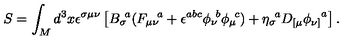
S = \int _ { M } d ^ { 3 } x \epsilon ^ { \sigma \mu \nu } \left[ { B _ { \sigma } } \! ^ { a } ( { F _ { \mu \nu } } \! ^ { a } + \epsilon ^ { a b c } { \phi _ { \nu } } \! ^ { b } { \phi _ { \mu } } \! ^ { c } ) + { \eta _ { \sigma } } \! ^ { a } D _ { [ \mu } { \phi _ { \nu ] } } ^ { a } \right] .